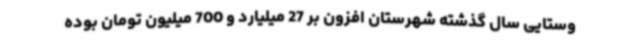
وستایی سال گذشته شهرستان افزون بر 27 میلیارد و 700 میلیون تومان بوده